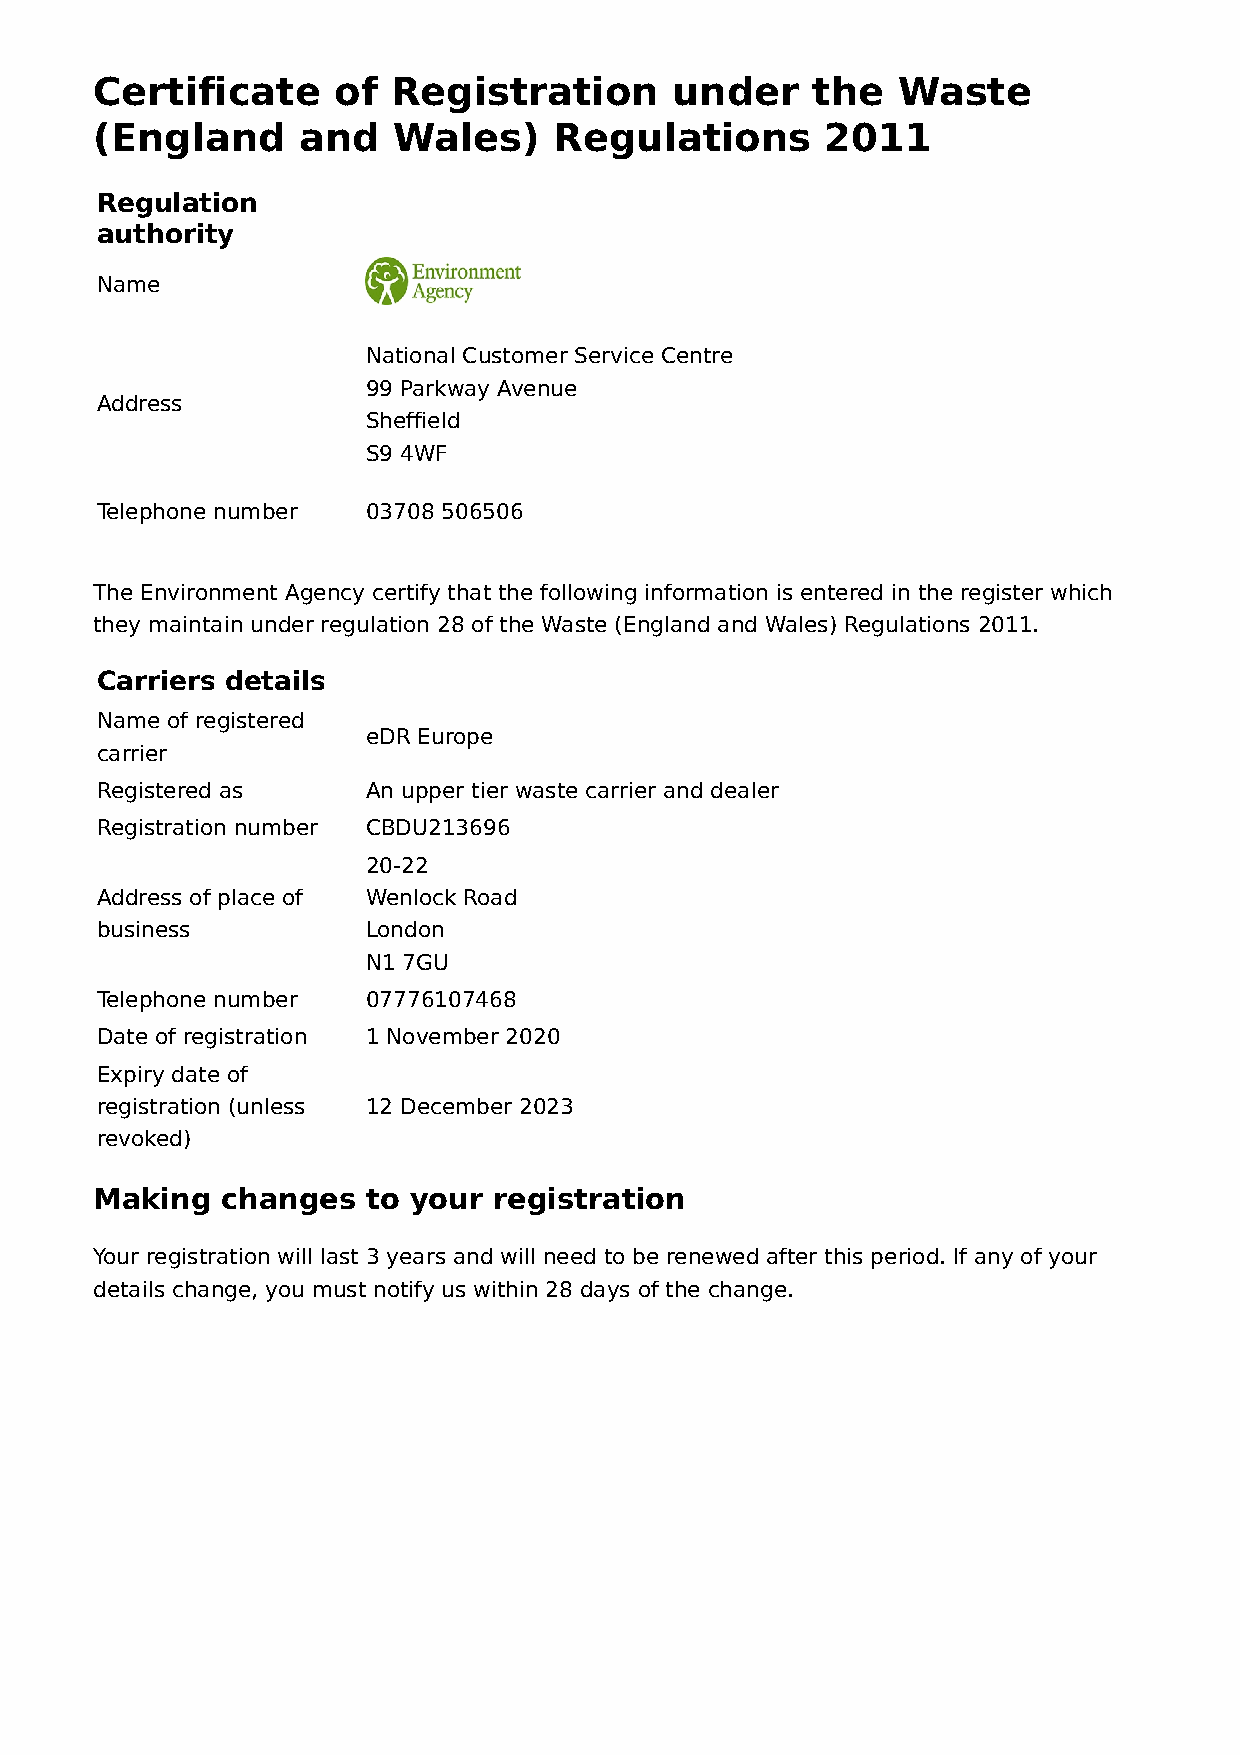
Certificate     of  Registration      under     the  Waste
 (England      and   Wales)     Regulations       2011
 Regulation
 authority
 Name
 National Customer Service Centre
 99 Parkway Avenue
 Address
 Sheffield
 S9 4WF
 Telephone number  03708 506506
 The Environment Agency certify that the following information is entered in the register which
 they maintain under regulation 28 of the Waste (England and Wales) Regulations 2011.
 Carriers details
 Name of registered
 eDR Europe
 carrier
 Registered as     An upper tier waste carrier and dealer
 Registration number CBDU213696
 20-22
 Address of place of Wenlock Road
 business          London
 N1 7GU
 Telephone number  07776107468
 Date of registration 1 November 2020
 Expiry date of
 registration (unless 12 December 2023
 revoked)
 Making   changes  to your  registration
 Your registration will last 3 years and will need to be renewed after this period. If any of your
 details change, you must notify us within 28 days of the change.